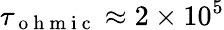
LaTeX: \tau_{\mathrm{~o~h~m~i~c~}}\approx 2\times 10^{5}